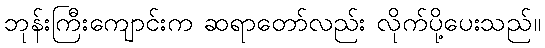
ဘုန်းကြီးကျောင်းက ဆရာတော်လည်း လိုက်ပို့ပေးသည်။